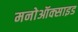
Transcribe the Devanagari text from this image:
मनोऑक्‍साइड